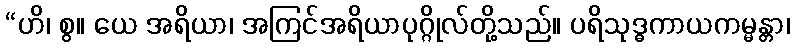
“ဟိ၊ စွ။ ယေ အရိယာ၊ အကြင်အရိယာပုဂ္ဂိုလ်တို့သည်။ ပရိသုဒ္ဓကာယကမ္မန္တာ၊